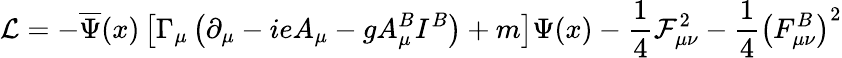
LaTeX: \mathcal{L}=-\overline{{{\Psi}}}(x)\left[\Gamma_{\mu}\left(\partial_{\mu}-ieA_{\mu}-gA_{\mu}^{B}I^{B}\right)+m\right]\Psi(x)-\frac 14\mathcal{F}_{\mu\nu}^{2}-\frac 14\left(F_{\mu\nu}^{B}\right)^{2}